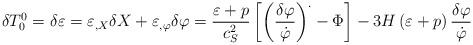
LaTeX: \begin{align*}\delta T_{0}^{0}=\delta \varepsilon =\varepsilon _{,X}\delta X+\varepsilon_{,\varphi }\delta \varphi =\frac{\varepsilon +p}{c_{S}^{2}}\left[ \left( \frac{\delta \varphi }{\dot{\varphi}}\right) ^{.}-\Phi \right] -3H\left(\varepsilon +p\right) \frac{\delta \varphi }{\dot{\varphi}} \end{align*}